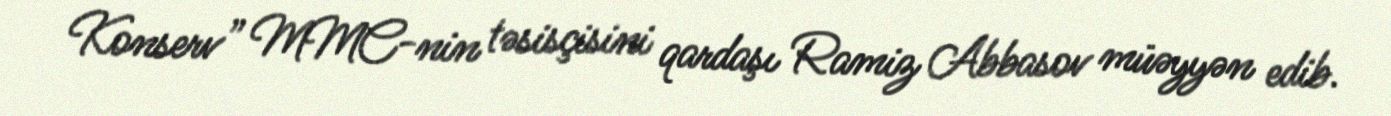
Konserv” MMC-nin təsisçisini qardaşı Ramiz Abbasov müəyyən edib.